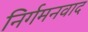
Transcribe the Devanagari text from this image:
निर्गमनवाद